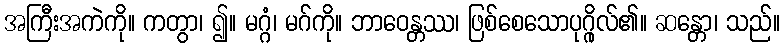
အကြီးအကဲကို။ ကတွာ၊ ၍။ မဂ္ဂံ၊ မဂ်ကို။ ဘာဝေန္တဿ၊ ဖြစ်စေသောပုဂ္ဂိုလ်၏။ ဆန္တော၊ သည်။